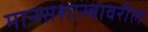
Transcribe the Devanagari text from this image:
मानसशास्‍त्रावरील